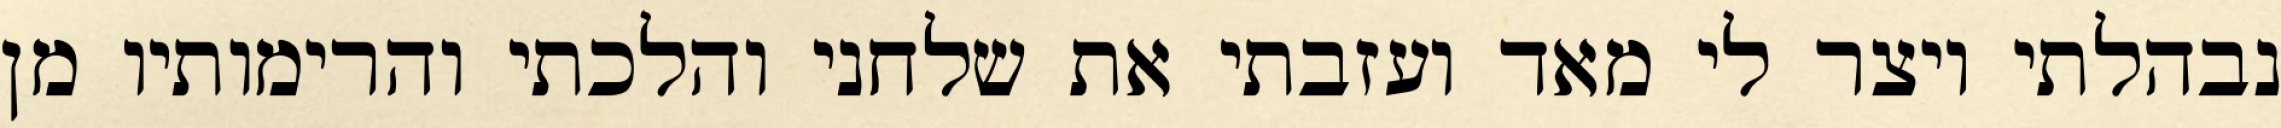
נבהלתי ויצר לי מאד ועזבתי את שלחני והלכתי והרימותיו מן